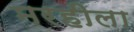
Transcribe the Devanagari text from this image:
मरहीला